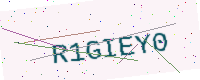
Text: R1GIEY0